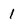
Character: 1